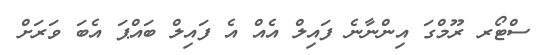
ސްޓޯރ ރޫމްގަ އިންނާނެ ފައިލް އެއް އެ ފައިލް ބައްޕަ އެބަ ވަރަށް